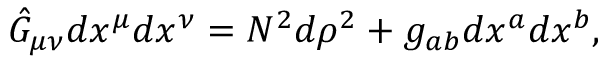
\hat { G } _ { \mu \nu } d x ^ { \mu } d x ^ { \nu } = N ^ { 2 } d \rho ^ { 2 } + g _ { a b } d x ^ { a } d x ^ { b } ,